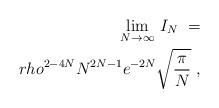
LaTeX: \begin{align*}\lim_{N\rightarrow\infty}\,I_N\ =\\rho^{2-4N}N^{2N-1}e^{-2N}\sqrt{\pi\over N}\ ,\end{align*}